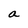
Character: a